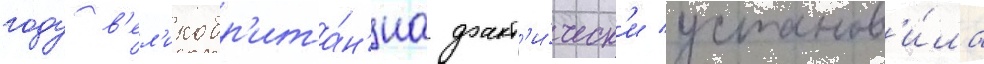
году в'ел'икобр'ита́н'иа факт'и́ческ'и установ'и́ла